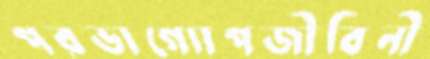
পরভাগ্যোপজীবিনী